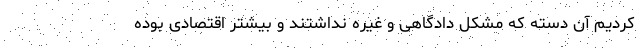
کردیم آن دسته که مشکل دادگاهی و غیره نداشتند و بیشتر اقتصادی بوده